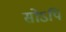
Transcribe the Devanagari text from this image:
सोऽपि